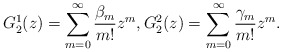
\begin{align*}G^{1}_2(z) = \sum_{m=0}^\infty\frac{\beta_m}{m!}z^m,G^{2}_2(z) = \sum_{m=0}^\infty\frac{\gamma_m}{m!}z^m.\end{align*}